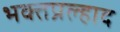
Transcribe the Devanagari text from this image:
भक्तप्रल्हाद